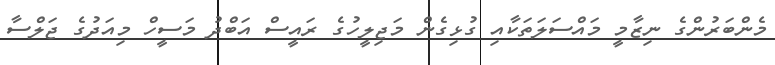
މެންބަރުންގެ ނިޒާމީ މައްސަލަތަކާއި ގުޅިގެން މަޖިލީހުގެ ރައީސް އަބްދު މަސީހް މިއަދުގެ ޖަލްސާ